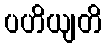
ပဟိယျတိ